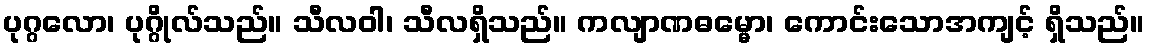
ပုဂ္ဂလော၊ ပုဂ္ဂိုလ်သည်။ သီလဝါ၊ သီလရှိသည်။ ကလျာဏဓမ္မော၊ ကောင်းသောအကျင့် ရှိသည်။